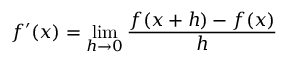
f ^ { \prime } ( x ) = \operatorname* { l i m } _ { h \rightarrow 0 } \frac { f ( x + h ) - f ( x ) } { h }